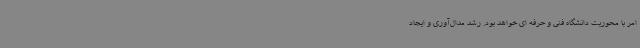
امر با محوریت دانشگاه فنی و حرفه ای خواهد بود. رشد مدال‌آوری و ایجاد